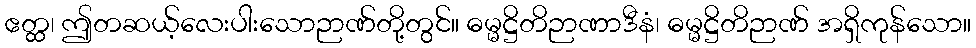
ဧတ္ထ၊ ဤတဆယ့်လေးပါးသောဉာဏ်တို့တွင်။ ဓမ္မဋ္ဌိတိဉာဏာဒီနံ၊ ဓမ္မဋ္ဌိတိဉာဏ် အရှိကုန်သော။